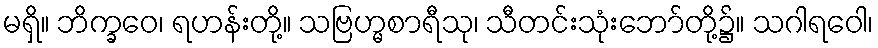
မရှိ။ ဘိက္ခဝေ၊ ရဟန်းတို့။ သဗြဟ္မစာရီသု၊ သီတင်းသုံးဘော်တို့၌။ သဂါရဝေါ၊